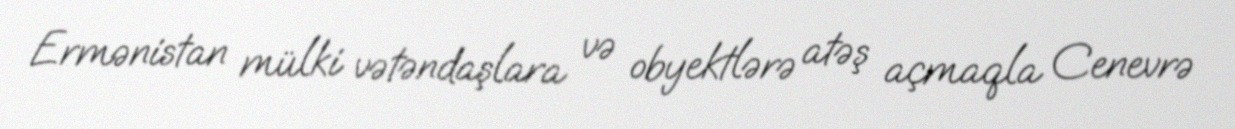
Ermənistan mülki vətəndaşlara və obyektlərə atəş açmaqla Cenevrə